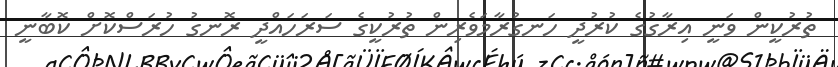
ތުރުކީން ވަނީ އިރާގުގެ ކުރުދީ ހަނގުރާމަވެރިން ތުރުކީގެ ސަރަހައްދީ ރޮނގު ހުރަސްކޮށް ކޮބާނީ